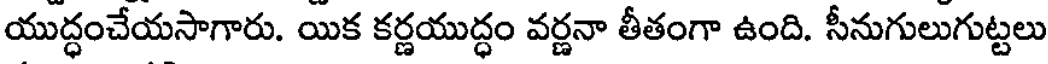
యుద్ధంచేయసాగారు. యిక కర్ణయుద్ధం వర్ణనా తీతంగా ఉంది. సీనుగులుగుట్టలు